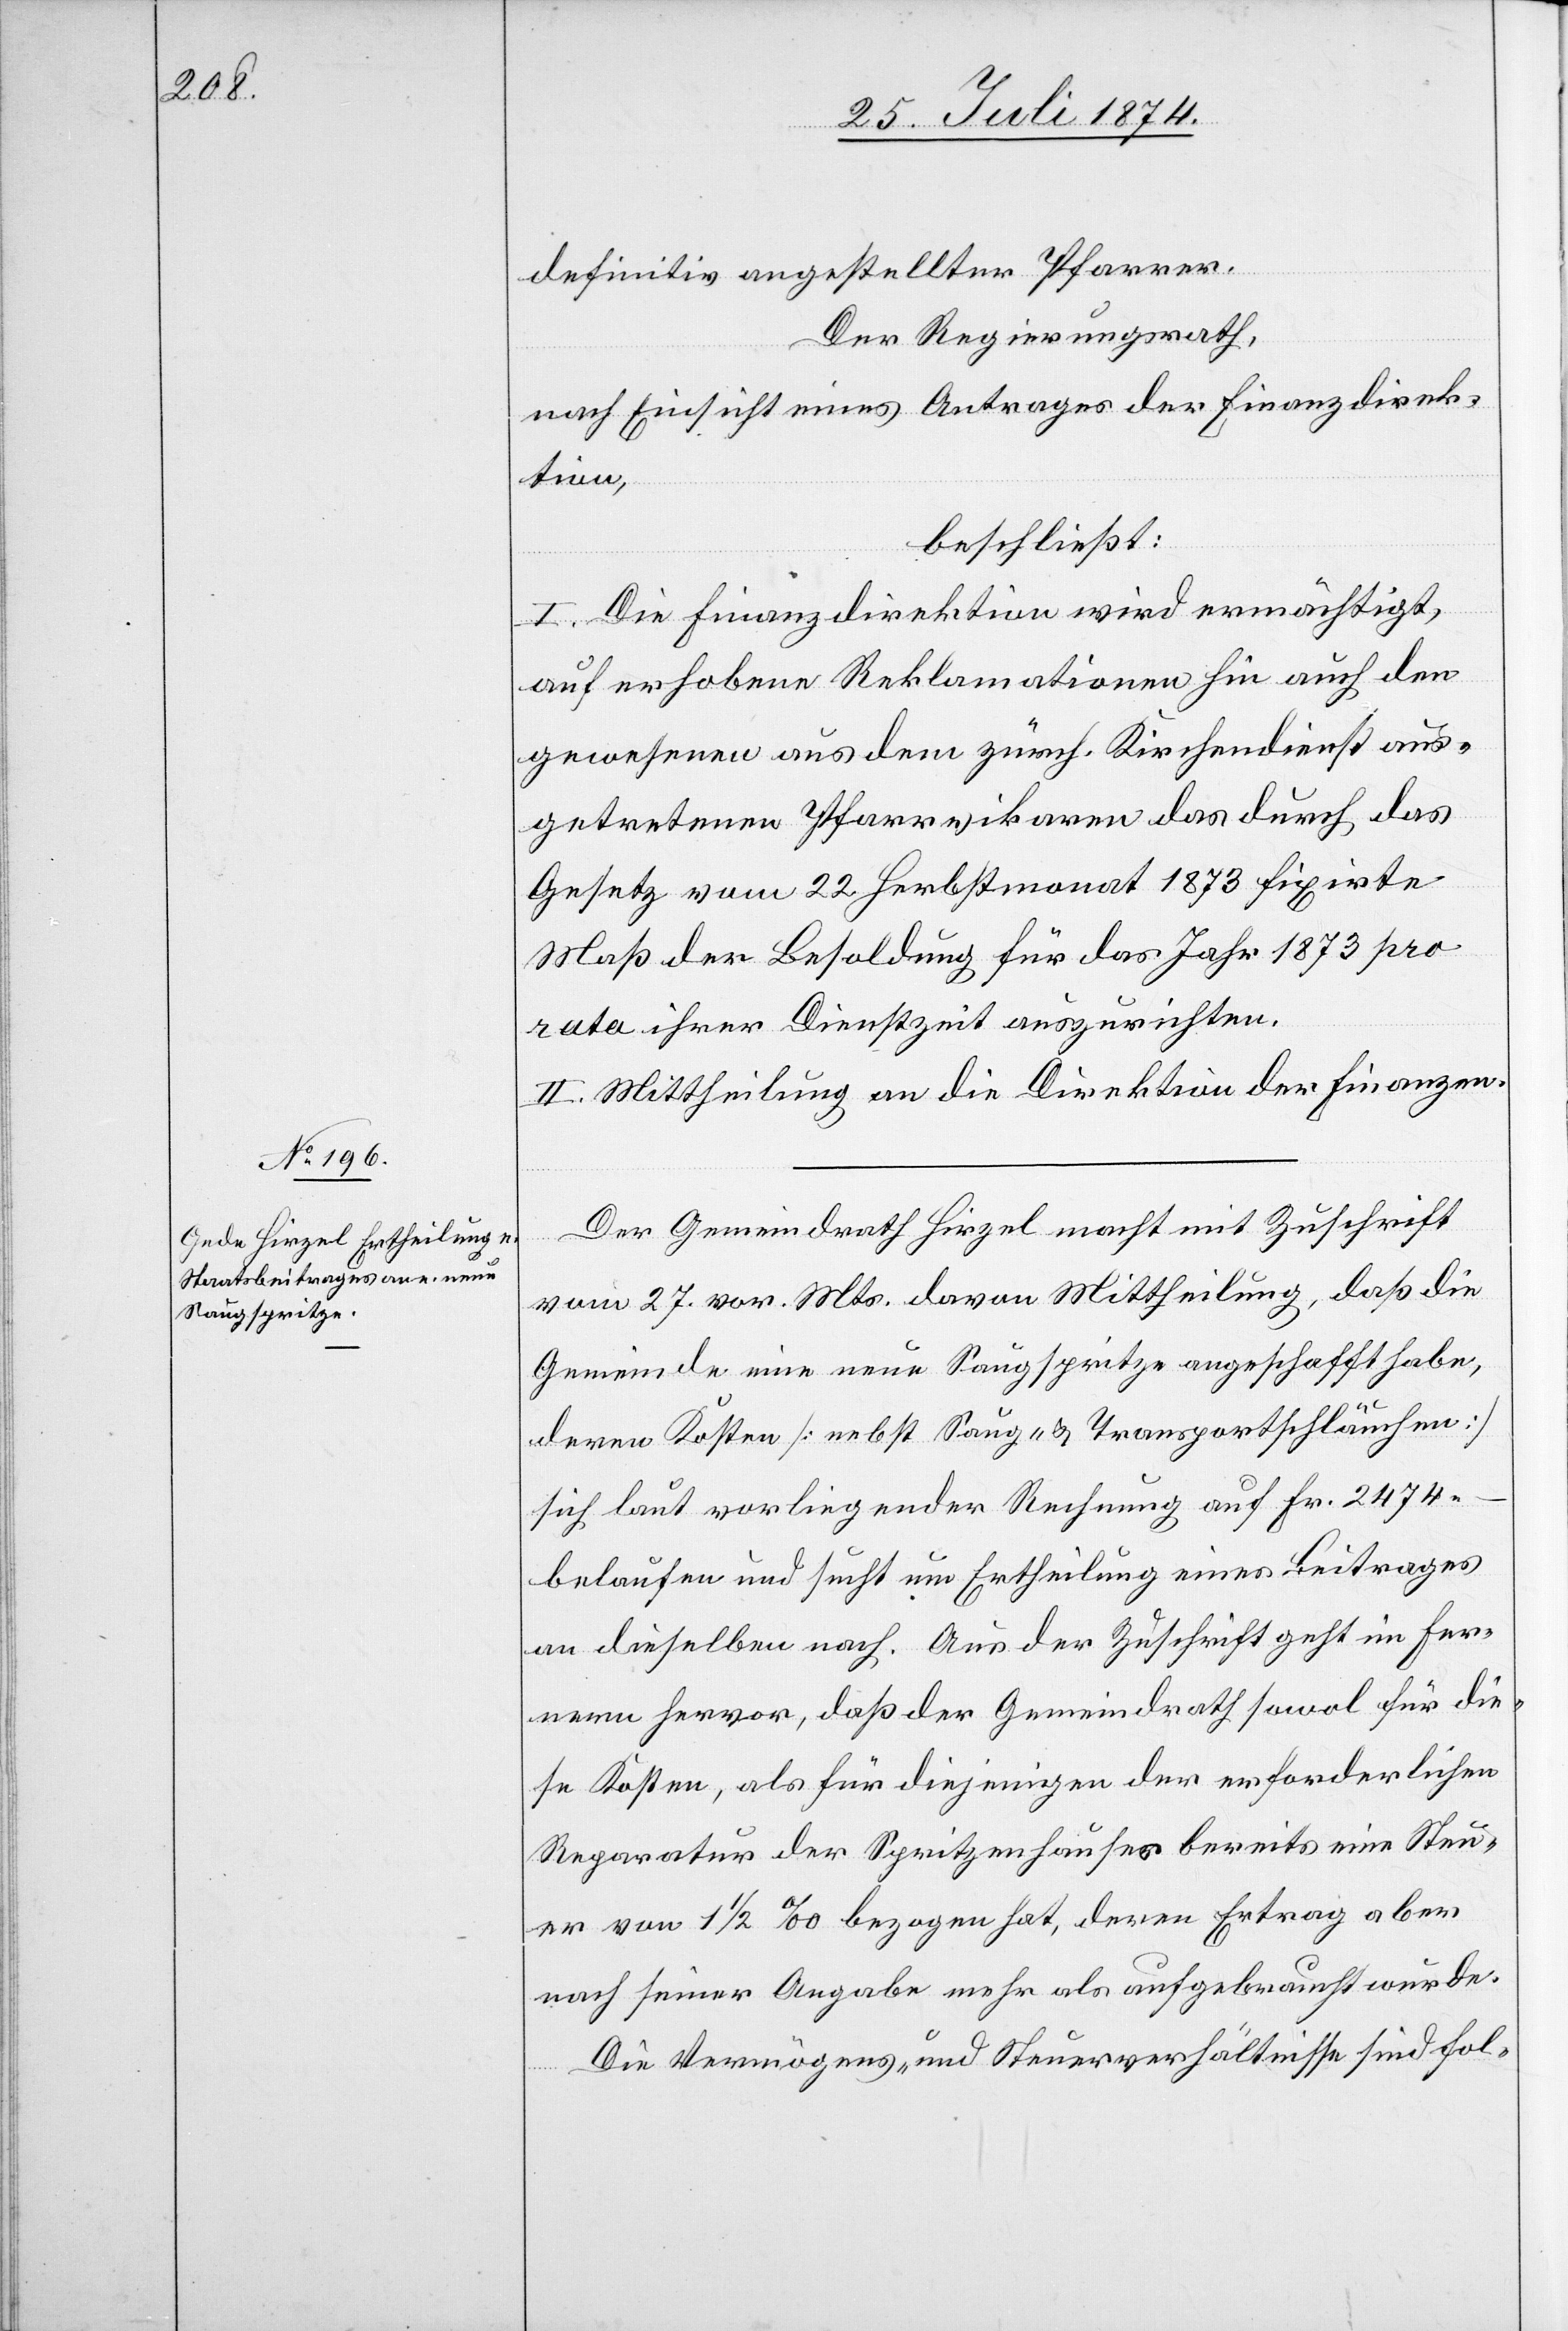
definitiv angestellter Pfarrer.
Der Regierungsrath,
nach Einsicht eines Antrages der Finanzdirek¬
tion,
beschließt:
I. Die Finanzdirektion wird ermächtigt,
auf erhobene Reklamationen hin auch den
gewesenen aus dem zürch. Kirchendienst aus¬
getretenen Pfarrvikaren das durch das
Gesetz vom 22. Herbstmonat 1873 fixirte
Maß der Besoldung für das Jahr 1873 pro
rata ihrer Dienstzeit auszurichten.
II. Mittheilung an die Direktion der Finanzen.
Der Gemeindrath Hirzel macht mit Zuschrift
vom 27. vor. Mts. davon Mittheilung, daß die
Gemeinde eine neue Saugspritze angeschafft habe,
deren Kosten [nebst Saug- u. Transportschläuchen]
sich laut vorliegender Rechnung auf Fr. 2474.–
belaufen und sucht um Ertheilung eines Beitrages
an dieselben nach. Aus der Zuschrift geht im Fer¬
nern hervor, daß der Gemeindrath sowol für die¬
se Kosten, als für diejenigen der erforderlichen
Reparatur der [sic!] Spritzenhauses bereits eine Steu¬
er von 1 1/2‰ bezogen hat, deren Ertrag aber
nach seiner Angabe mehr als aufgebraucht wurde.
Die Vermögens- und Steuerverhältnisse sind fol-